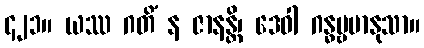
၄၂၁။ ယဿ ဂတိံ န ဇာနန္တိ၊ ဒေဝါ ဂန္ဓဗ္ဗမာနုသာ။